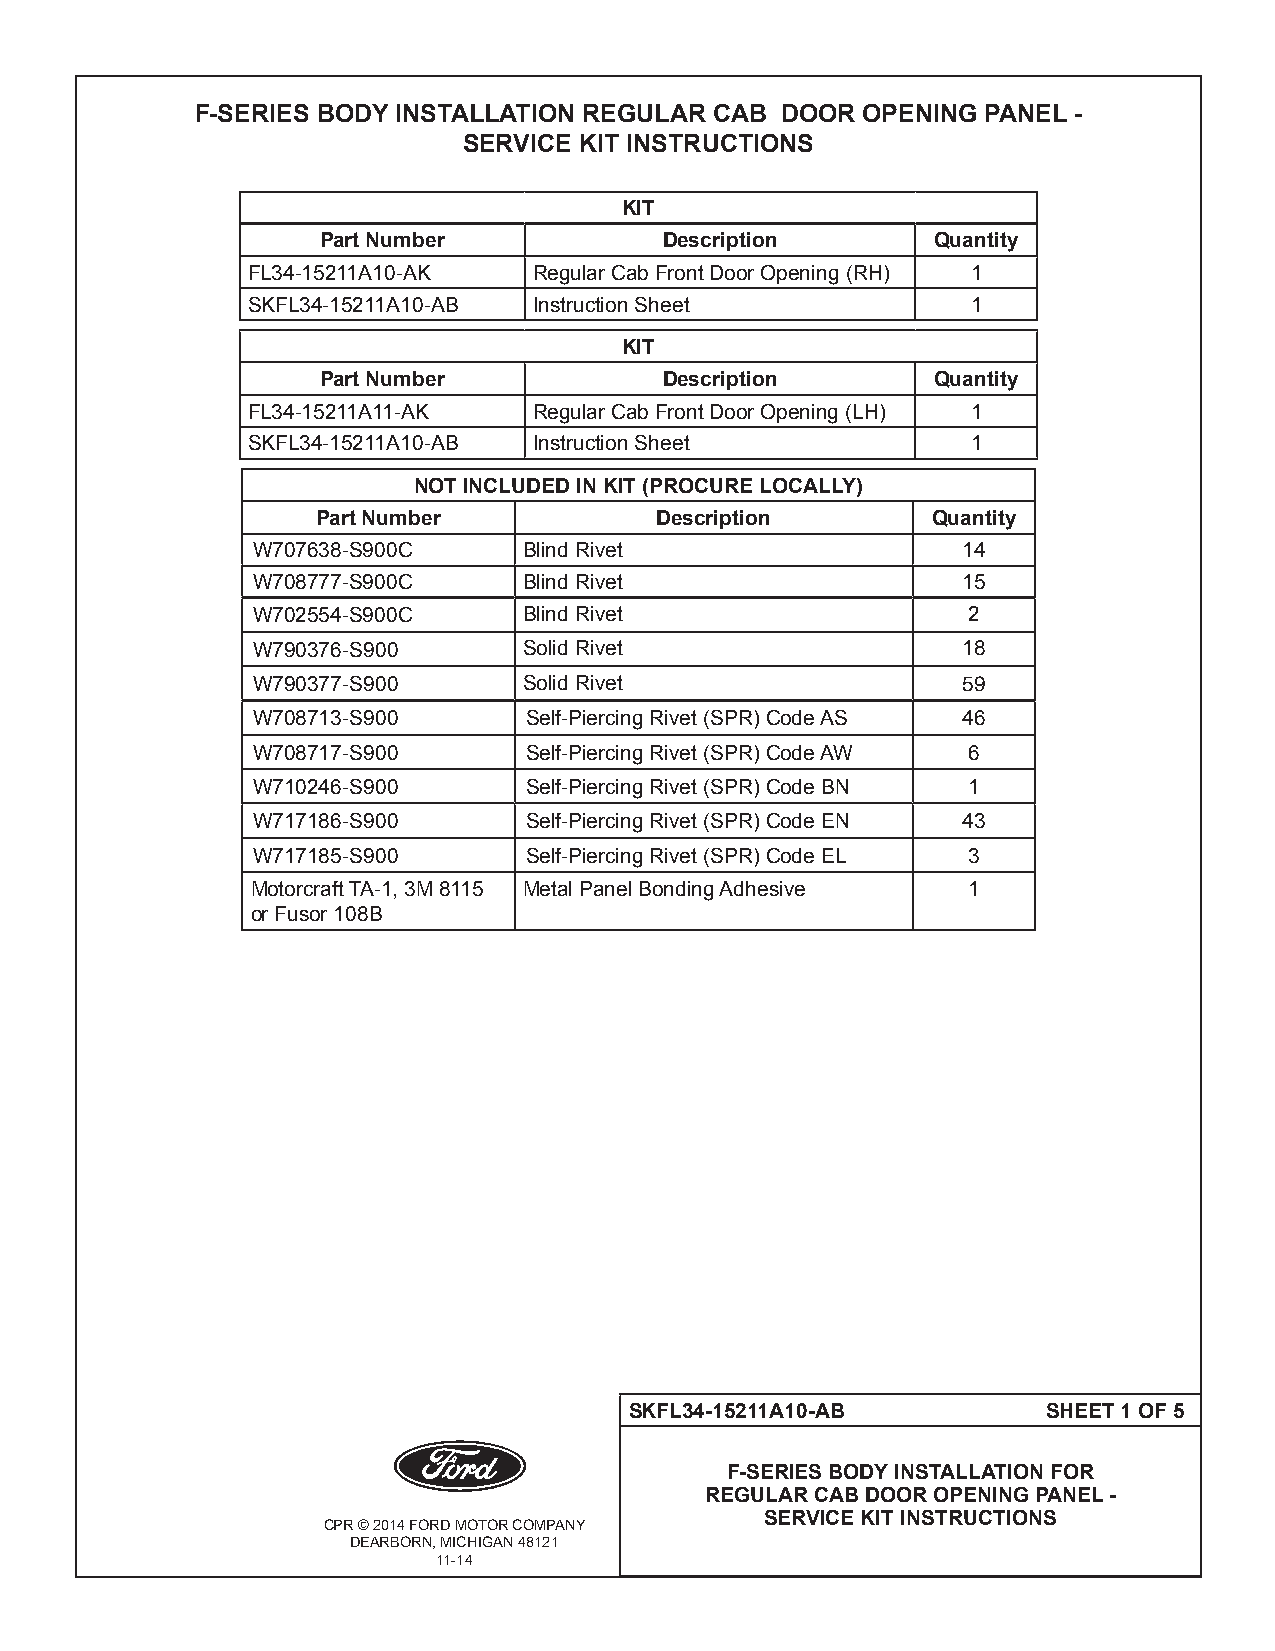
F-SERIES BODY INSTALLATION REGULAR CAB DOOR OPENING PANEL -
 SERVICE KIT INSTRUCTIONS
 KIT
 Part Number            Description       Quantity
 FL34-15211A10-AK   Regular Cab Front Door Opening (RH) 1
 SKFL34-15211A10-AB Instruction Sheet            1
 KIT
 Part Number            Description       Quantity
 FL34-15211A11-AK   Regular Cab Front Door Opening (LH) 1
 SKFL34-15211A10-AB Instruction Sheet            1
 NOT INCLUDED IN KIT (PROCURE LOCALLY)
 Part Number           Description        Quantity
 W707638-S900C     Blind Rivet                  14
 W708777-S900C     Blind Rivet                  15
 W702554-S900C     Blind Rivet                  2
 W790376-S900      Solid Rivet                  18
 W790377-S900      Solid Rivet                  59
 W708713-S900      Self-Piercing Rivet (SPR) Code AS 46
 W708717-S900      Self-Piercing Rivet (SPR) Code AW 6
 W710246-S900      Self-Piercing Rivet (SPR) Code BN 1
 W717186-S900      Self-Piercing Rivet (SPR) Code EN 43
 W717185-S900      Self-Piercing Rivet (SPR) Code EL 3
 Motorcraft TA-1, 3M 8115 Metal Panel Bonding Adhesive 1
 or Fusor 108B
 SKFL34-15211A10-AB         SHEET 1 OF 5
 F-SERIES BODY INSTALLATION FOR
 REGULAR CAB DOOR OPENING PANEL -
 SERVICE KIT INSTRUCTIONS
 CPR © 2014 FORD MOTOR COMPANY
 DEARBORN, MICHIGAN 48121
 11-14